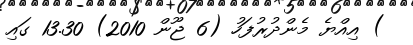
) އިއްޔެ މެންދުރުފަހު (6 ޖޫން 2010) 13.30 ގައި